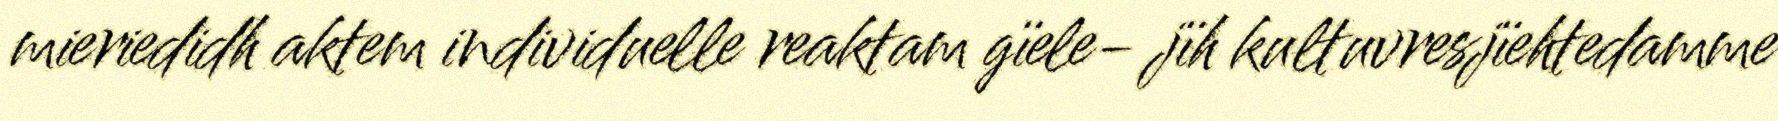
mieriedidh aktem individuelle reaktam gïele- jïh kultuvresjïehtedamme